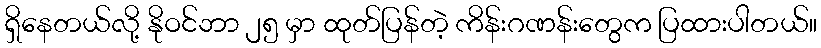
ရှိနေတယ်လို့ နိုဝင်ဘာ ၂၅ မှာ ထုတ်ပြန်တဲ့ ကိန်းဂဏန်းတွေက ပြထားပါတယ်။